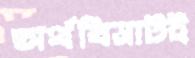
অর্থবিভ্রাটই